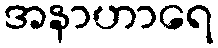
အနာဟာရေ